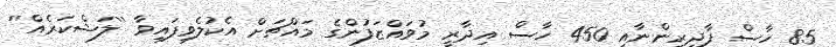
85 ހާސް ފާދިރީންނާއި 450 ހާސް އިދާރީ މުވައްޒަފުންގެ މައްޗަށް އެކުލެވިފައިވާ ''ލަޝްކަރެއް''